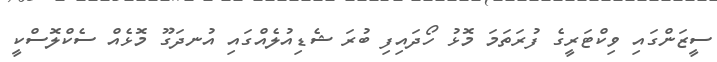
ސީޒަންގައި ވިކްޓަރީގެ ފުރަތަމަ މޮޅު ހޯދައިފި ބުރަ ޝެޑިއުލެއްގައި އުނދަގޫ މޮޅެއް ސެކްލޮސްކީ